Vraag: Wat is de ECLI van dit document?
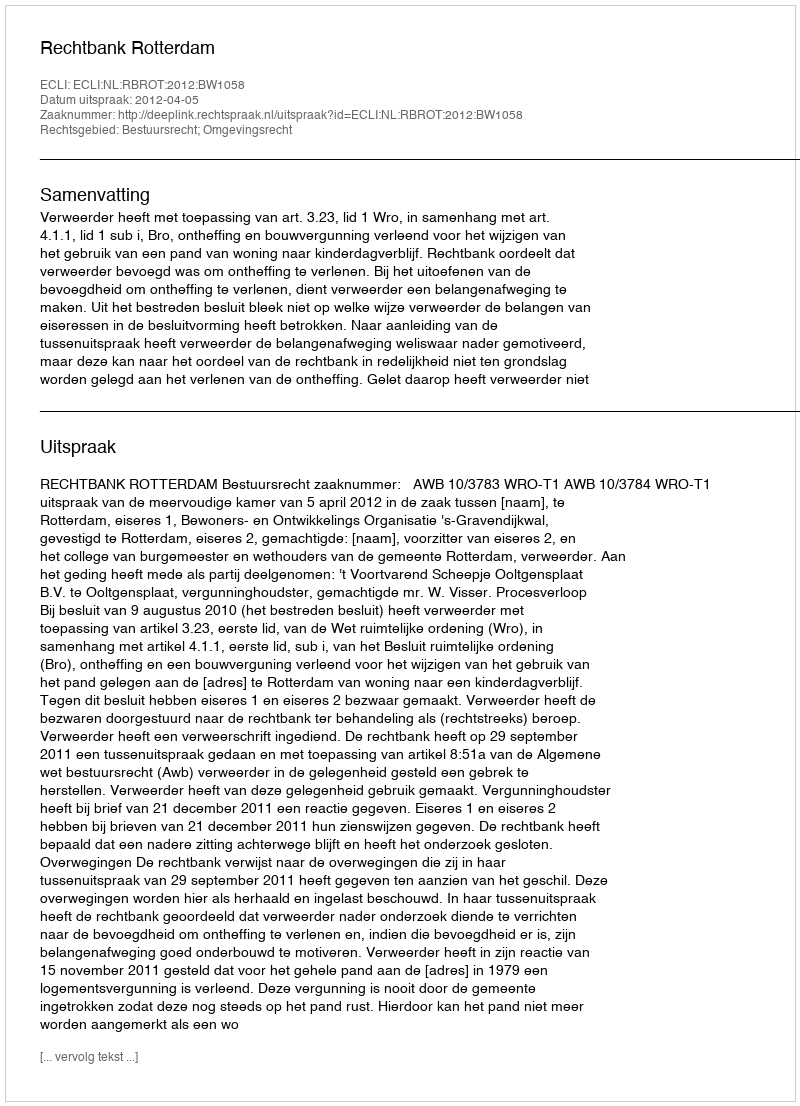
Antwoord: ECLI:NL:RBROT:2012:BW1058